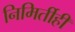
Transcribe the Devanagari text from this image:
निमिर्तीही